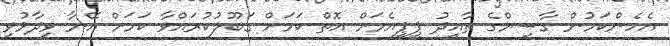
އެހެންކަމުން ގާސިމްގެ ތާއީދު ޕީޕީއެމަށް އޮތް ކަމަށް ގަބޫލުކުރައްވާ ކަމަށް އޭނާ ވިދާޅުވި